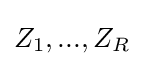
Z_{1},...,Z_{R}